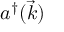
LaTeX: a ^ { \dagger } ( { \vec { k } } )